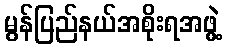
မွန်ပြည်နယ်အစိုးရအဖွဲ့